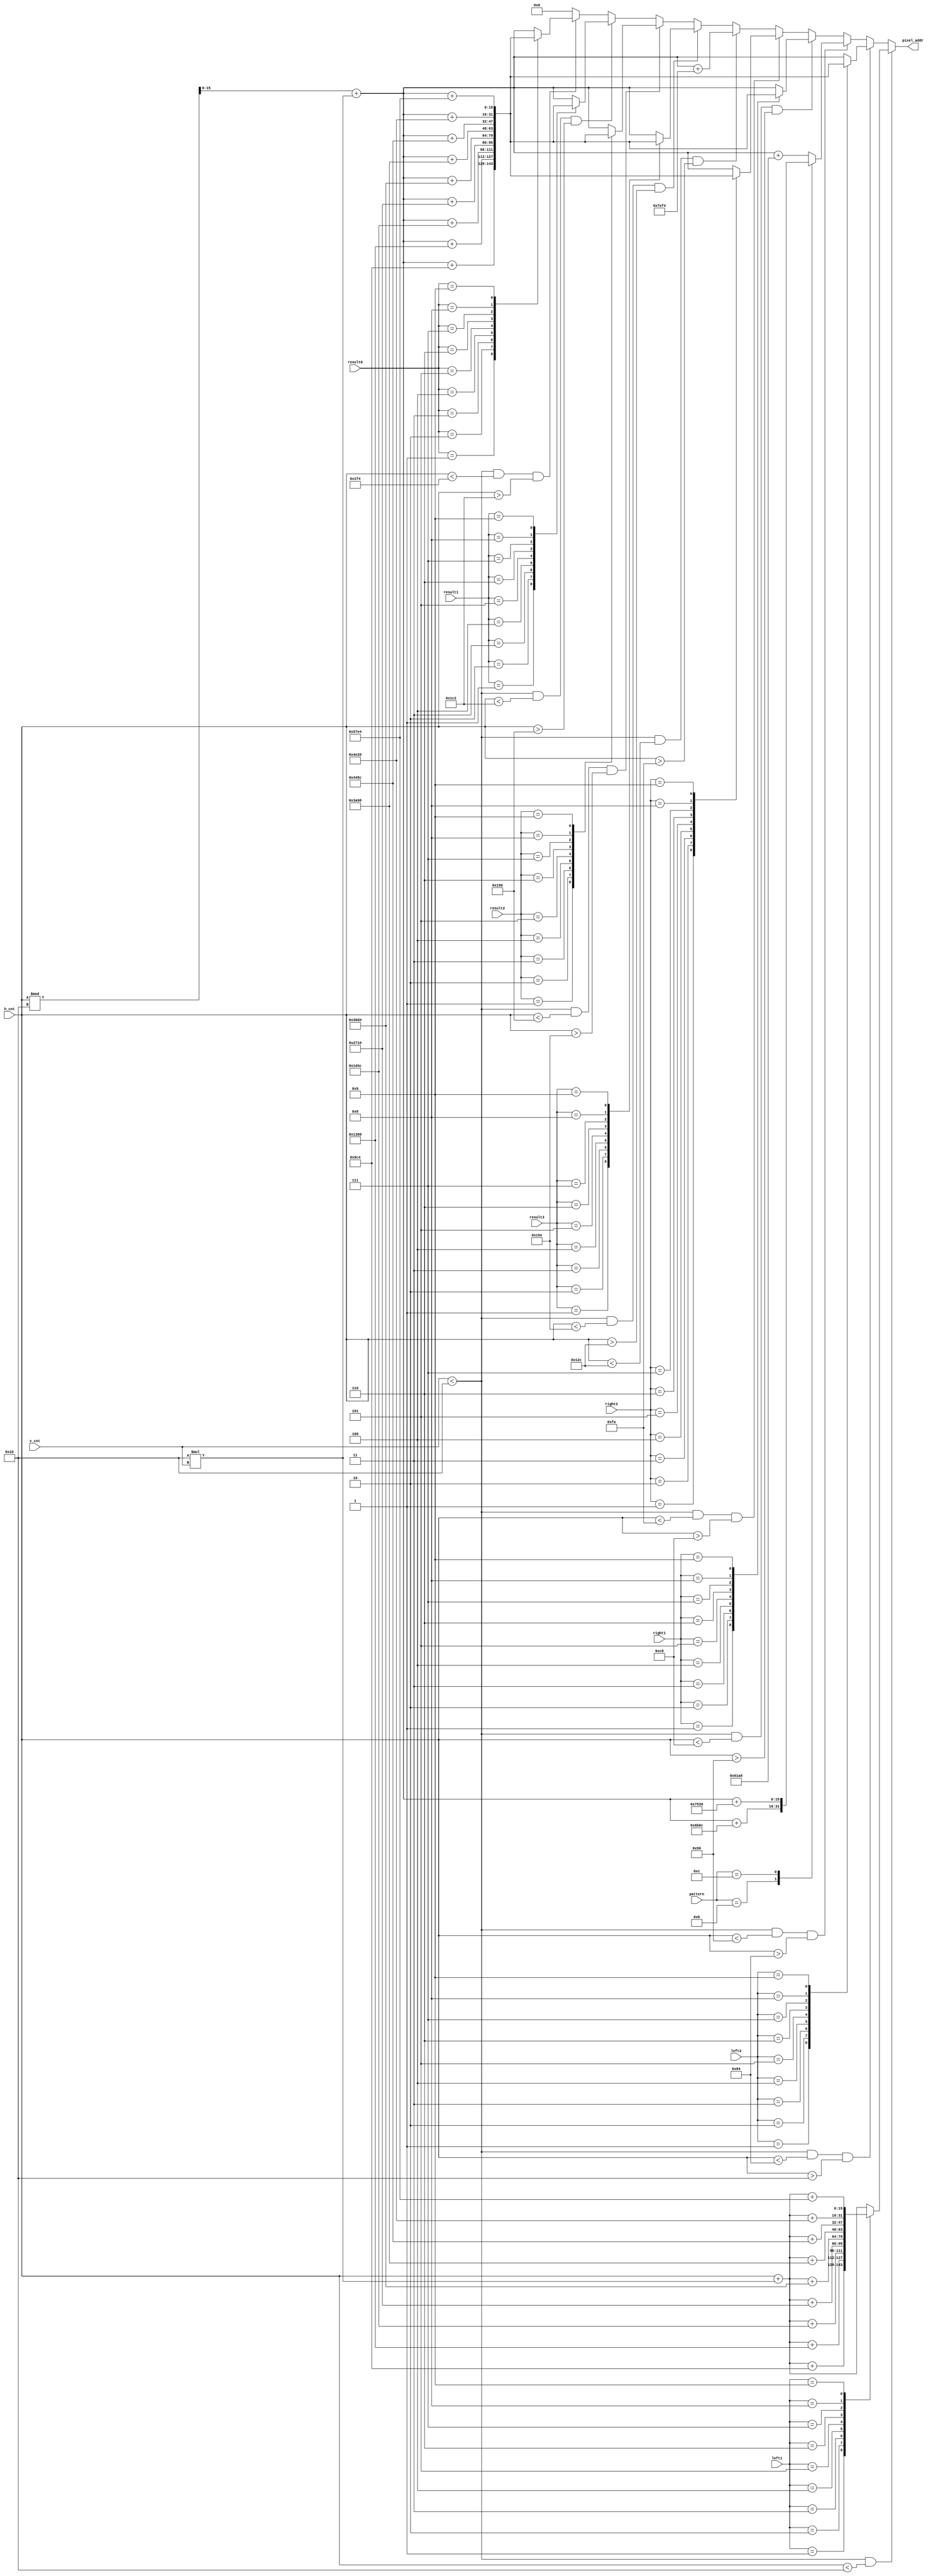
`timescale 1ns / 1ps
//////////////////////////////////////////////////////////////////////////////////
// Company: 
// Engineer: 
// 
// Design Name: 
// Module Name: pixel_address_generator
// Project Name: 
// Target Devices: 
// Tool Versions: 
// Description: 
// 
// Dependencies: 
// 
// Revision:
// Revision 0.01 - File Created
// Additional Comments:
// 
//////////////////////////////////////////////////////////////////////////////////


module pixel_address_generator(h_cnt, v_cnt, left1, left2, right1, right2, pattern, result0, result1, result2, result3, pixel_addr);
    input [9:0] h_cnt;
    input [9:0] v_cnt;
    input [3:0] left1;
    input [3:0] left2;
    input [3:0] right1;
    input [3:0] right2;
    input [3:0] pattern;
    input [3:0] result3;
    input [3:0] result2;
    input [3:0] result1;
    input [3:0] result0;
    output [15:0] pixel_addr;
    
    reg [15:0] pixel_addr;
    
    always @* begin
        if(v_cnt < 50 &&  h_cnt < 50) begin
            case(left1)
                4'd0: pixel_addr = h_cnt + 50 * v_cnt;
                4'd1: pixel_addr = h_cnt + 50 * v_cnt + 2500;
                4'd2: pixel_addr = h_cnt + 50 * v_cnt + 5000;
                4'd3: pixel_addr = h_cnt + 50 * v_cnt + 7500;
                4'd4: pixel_addr = h_cnt + 50 * v_cnt + 10000;
                4'd5: pixel_addr = h_cnt + 50 * v_cnt + 12500;
                4'd6: pixel_addr = h_cnt + 50 * v_cnt + 15000;
                4'd7: pixel_addr = h_cnt + 50 * v_cnt + 17500;
                4'd8: pixel_addr = h_cnt + 50 * v_cnt + 20000;
                4'd9: pixel_addr = h_cnt + 50 * v_cnt + 22500;
                default: pixel_addr = h_cnt + 50 * v_cnt;
            endcase
        end
        else if(v_cnt < 50 && h_cnt <100 && h_cnt > 50) begin
            case(left2)
                4'd0: pixel_addr = h_cnt % 50 + 50 * v_cnt;
                4'd1: pixel_addr = h_cnt % 50 + 50 * v_cnt + 2500;
                4'd2: pixel_addr = h_cnt % 50 + 50 * v_cnt + 5000;
                4'd3: pixel_addr = h_cnt % 50 + 50 * v_cnt + 7500;
                4'd4: pixel_addr = h_cnt % 50 + 50 * v_cnt + 10000;
                4'd5: pixel_addr = h_cnt % 50 + 50 * v_cnt + 12500;
                4'd6: pixel_addr = h_cnt % 50 + 50 * v_cnt + 15000;
                4'd7: pixel_addr = h_cnt % 50 + 50 * v_cnt + 17500;
                4'd8: pixel_addr = h_cnt % 50 + 50 * v_cnt + 20000;
                4'd9: pixel_addr = h_cnt % 50 + 50 * v_cnt + 22500;
                default: pixel_addr = h_cnt % 50 + 50 * v_cnt;
            endcase
        end
        else if(v_cnt < 50 && h_cnt < 150 && h_cnt > 100) begin
            case(pattern)
                4'd10: pixel_addr = h_cnt % 50 + 50 * v_cnt + 25000;
                4'd11: pixel_addr = h_cnt % 50 + 50 * v_cnt + 27500;
                4'd12: pixel_addr = h_cnt % 50 + 50 * v_cnt + 30000;
                default: pixel_addr = h_cnt % 50 + 50 * v_cnt + 25000;
            endcase
        end
        else if(v_cnt < 50 && h_cnt < 200 && h_cnt > 150) begin
            case(right1)
                4'd0: pixel_addr = h_cnt % 50 + 50 * v_cnt;
                4'd1: pixel_addr = h_cnt % 50 + 50 * v_cnt + 2500;
                4'd2: pixel_addr = h_cnt % 50 + 50 * v_cnt + 5000;
                4'd3: pixel_addr = h_cnt % 50 + 50 * v_cnt + 7500;
                4'd4: pixel_addr = h_cnt % 50 + 50 * v_cnt + 10000;
                4'd5: pixel_addr = h_cnt % 50 + 50 * v_cnt + 12500;
                4'd6: pixel_addr = h_cnt % 50 + 50 * v_cnt + 15000;
                4'd7: pixel_addr = h_cnt % 50 + 50 * v_cnt + 17500;
                4'd8: pixel_addr = h_cnt % 50 + 50 * v_cnt + 20000;
                4'd9: pixel_addr = h_cnt % 50 + 50 * v_cnt + 22500;
                default: pixel_addr = h_cnt % 50 + 50 * v_cnt;
            endcase
        end
        else if(v_cnt < 50 && h_cnt < 250 && h_cnt > 200) begin
            case(right2)
                4'd0: pixel_addr = h_cnt % 50 + 50 * v_cnt;
                4'd1: pixel_addr = h_cnt % 50 + 50 * v_cnt + 2500;
                4'd2: pixel_addr = h_cnt % 50 + 50 * v_cnt + 5000;
                4'd3: pixel_addr = h_cnt % 50 + 50 * v_cnt + 7500;
                4'd4: pixel_addr = h_cnt % 50 + 50 * v_cnt + 10000;
                4'd5: pixel_addr = h_cnt % 50 + 50 * v_cnt + 12500;
                4'd6: pixel_addr = h_cnt % 50 + 50 * v_cnt + 15000;
                4'd7: pixel_addr = h_cnt % 50 + 50 * v_cnt + 17500;
                4'd8: pixel_addr = h_cnt % 50 + 50 * v_cnt + 20000;
                4'd9: pixel_addr = h_cnt % 50 + 50 * v_cnt + 22500;
                default: pixel_addr = h_cnt % 50 + 50 * v_cnt;
            endcase
        end
        else if(v_cnt < 50 && h_cnt < 300 && h_cnt > 250) begin
            pixel_addr = h_cnt % 50 + 50 * v_cnt + 32500;
        end
        else if(v_cnt < 50 && h_cnt < 350 && h_cnt > 300) begin
            case(result3)
                4'd0: pixel_addr = h_cnt % 50 + 50 * v_cnt;
                4'd1: pixel_addr = h_cnt % 50 + 50 * v_cnt + 2500;
                4'd2: pixel_addr = h_cnt % 50 + 50 * v_cnt + 5000;
                4'd3: pixel_addr = h_cnt % 50 + 50 * v_cnt + 7500;
                4'd4: pixel_addr = h_cnt % 50 + 50 * v_cnt + 10000;
                4'd5: pixel_addr = h_cnt % 50 + 50 * v_cnt + 12500;
                4'd6: pixel_addr = h_cnt % 50 + 50 * v_cnt + 15000;
                4'd7: pixel_addr = h_cnt % 50 + 50 * v_cnt + 17500;
                4'd8: pixel_addr = h_cnt % 50 + 50 * v_cnt + 20000;
                4'd9: pixel_addr = h_cnt % 50 + 50 * v_cnt + 22500;
                default: pixel_addr = h_cnt % 50 + 50 * v_cnt;
            endcase
        end
        else if(v_cnt < 50 && h_cnt < 400 && h_cnt > 350) begin
            case(result2)
                4'd0: pixel_addr = h_cnt % 50 + 50 * v_cnt;
                4'd1: pixel_addr = h_cnt % 50 + 50 * v_cnt + 2500;
                4'd2: pixel_addr = h_cnt % 50 + 50 * v_cnt + 5000;
                4'd3: pixel_addr = h_cnt % 50 + 50 * v_cnt + 7500;
                4'd4: pixel_addr = h_cnt % 50 + 50 * v_cnt + 10000;
                4'd5: pixel_addr = h_cnt % 50 + 50 * v_cnt + 12500;
                4'd6: pixel_addr = h_cnt % 50 + 50 * v_cnt + 15000;
                4'd7: pixel_addr = h_cnt % 50 + 50 * v_cnt + 17500;
                4'd8: pixel_addr = h_cnt % 50 + 50 * v_cnt + 20000;
                4'd9: pixel_addr = h_cnt % 50 + 50 * v_cnt + 22500;
                default: pixel_addr = h_cnt % 50 + 50 * v_cnt;
            endcase
        end
        else if(v_cnt < 50 && h_cnt < 450 && h_cnt > 400) begin
            case(result1)
                4'd0: pixel_addr = h_cnt % 50 + 50 * v_cnt;
                4'd1: pixel_addr = h_cnt % 50 + 50 * v_cnt + 2500;
                4'd2: pixel_addr = h_cnt % 50 + 50 * v_cnt + 5000;
                4'd3: pixel_addr = h_cnt % 50 + 50 * v_cnt + 7500;
                4'd4: pixel_addr = h_cnt % 50 + 50 * v_cnt + 10000;
                4'd5: pixel_addr = h_cnt % 50 + 50 * v_cnt + 12500;
                4'd6: pixel_addr = h_cnt % 50 + 50 * v_cnt + 15000;
                4'd7: pixel_addr = h_cnt % 50 + 50 * v_cnt + 17500;
                4'd8: pixel_addr = h_cnt % 50 + 50 * v_cnt + 20000;
                4'd9: pixel_addr = h_cnt % 50 + 50 * v_cnt + 22500;
                default: pixel_addr = h_cnt % 50 + 50 * v_cnt;
            endcase
        end
        else if(v_cnt < 50 && h_cnt < 500 && h_cnt > 450) begin
            case(result0)
                4'd0: pixel_addr = h_cnt % 50 + 50 * v_cnt;
                4'd1: pixel_addr = h_cnt % 50 + 50 * v_cnt + 2500;
                4'd2: pixel_addr = h_cnt % 50 + 50 * v_cnt + 5000;
                4'd3: pixel_addr = h_cnt % 50 + 50 * v_cnt + 7500;
                4'd4: pixel_addr = h_cnt % 50 + 50 * v_cnt + 10000;
                4'd5: pixel_addr = h_cnt % 50 + 50 * v_cnt + 12500;
                4'd6: pixel_addr = h_cnt % 50 + 50 * v_cnt + 15000;
                4'd7: pixel_addr = h_cnt % 50 + 50 * v_cnt + 17500;
                4'd8: pixel_addr = h_cnt % 50 + 50 * v_cnt + 20000;
                4'd9: pixel_addr = h_cnt % 50 + 50 * v_cnt + 22500;
                default: pixel_addr = h_cnt % 50 + 50 * v_cnt;
            endcase
        end
        else begin
            pixel_addr = 0;
        end
    end
endmodule